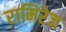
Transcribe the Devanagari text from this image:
रामिरेज